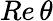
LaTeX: Re\, \theta